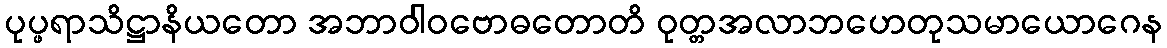
ပုပ္ဖရာသိဋ္ဌာနိယတော အဘာဝါဝဗောဓတောတိ ဝုတ္တအလာဘဟေတုသမာယောဂေန